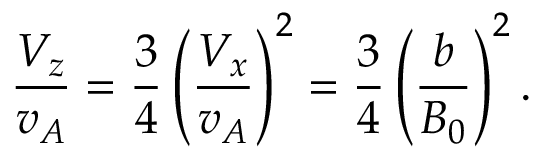
\frac { V _ { z } } { v _ { A } } = \frac { 3 } { 4 } \left( \frac { V _ { x } } { v _ { A } } \right) ^ { 2 } = \frac { 3 } { 4 } \left( \frac { b } { B _ { 0 } } \right) ^ { 2 } .